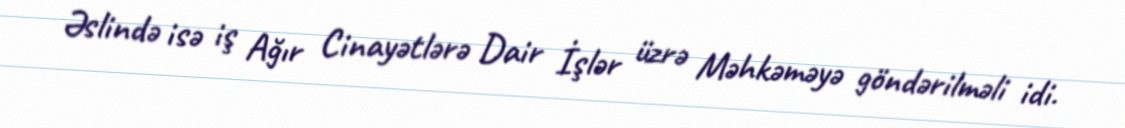
Əslində isə iş Ağır Cinayətlərə Dair İşlər üzrə Məhkəməyə göndərilməli idi.